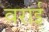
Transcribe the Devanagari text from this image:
वराई